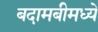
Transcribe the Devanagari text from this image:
बदामबीमध्ये